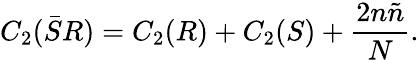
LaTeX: C_{2}(\bar{S}R)=C_{2}(R)+C_{2}(S)+\frac{2n\tilde{n}}{N}.